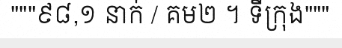
"""៩៨,១ នាក់ / គម២ ។ ទីក្រុង"""